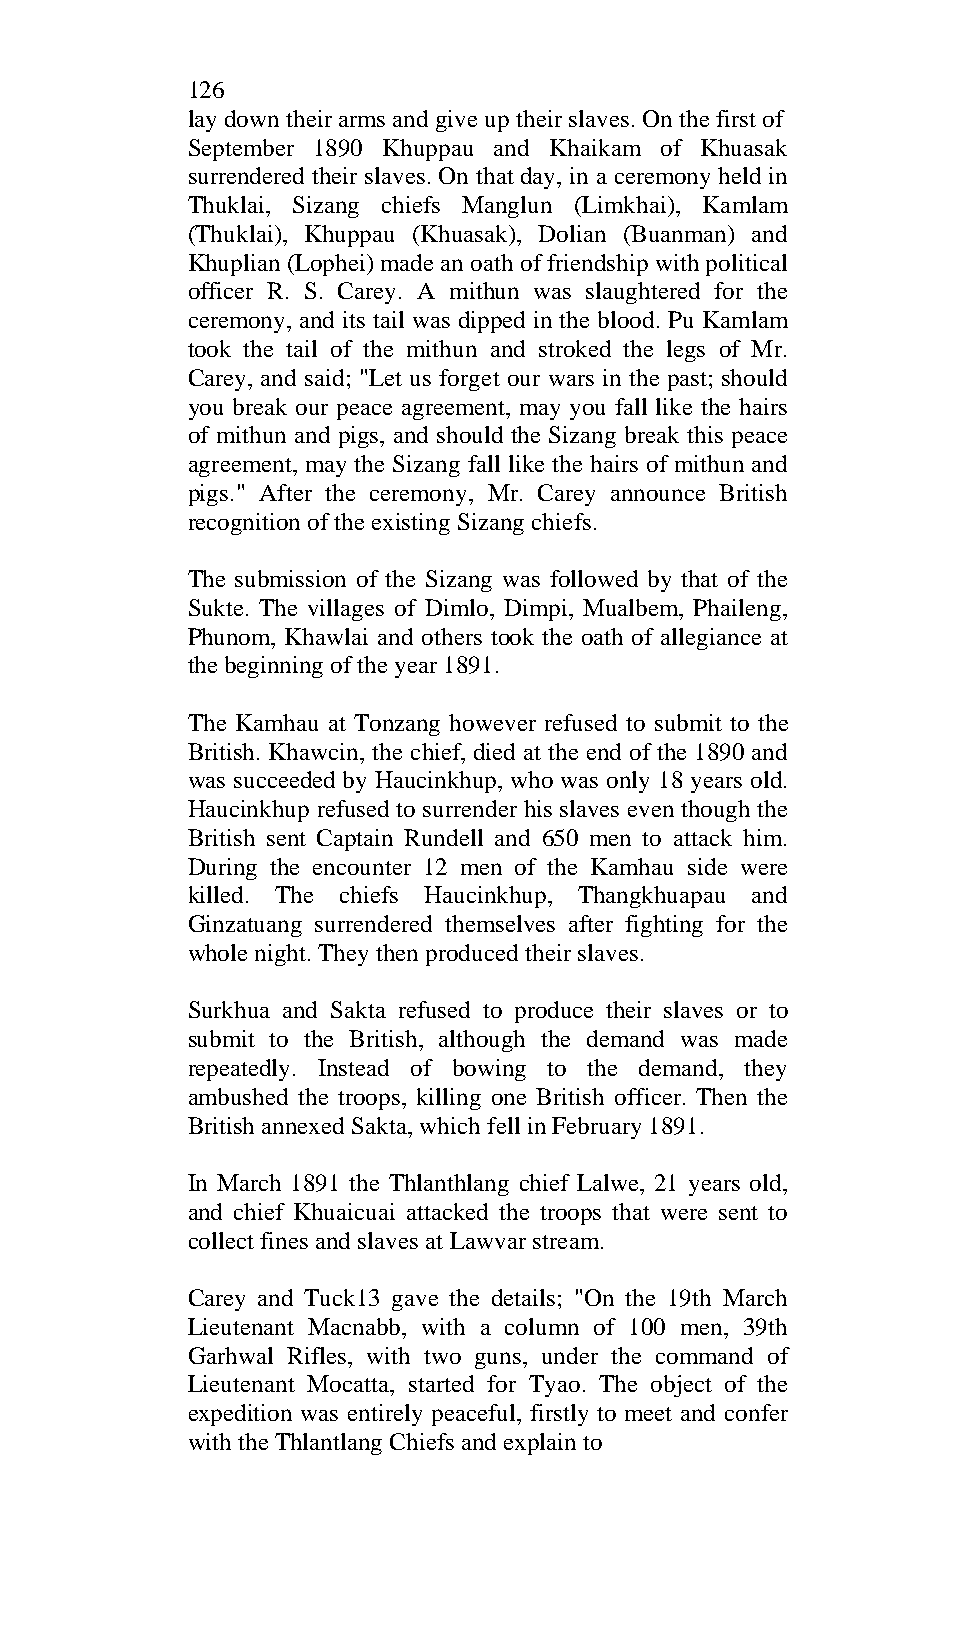
126
 lay down their arms and give up their slaves. On the first of
 September 1890 Khuppau and Khaikam of Khuasak
 surrendered their slaves. On that day, in a ceremony held in
 Thuklai, Sizang chiefs Manglun (Limkhai), Kamlam
 (Thuklai), Khuppau (Khuasak), Dolian (Buanman) and
 Khuplian (Lophei) made an oath of friendship with political
 officer R. S. Carey. A mithun was slaughtered for the
 ceremony, and its tail was dipped in the blood. Pu Kamlam
 took the tail of the mithun and stroked the legs of Mr.
 Carey, and said; "Let us forget our wars in the past; should
 you break our peace agreement, may you fall like the hairs
 of mithun and pigs, and should the Sizang break this peace
 agreement, may the Sizang fall like the hairs of mithun and
 pigs." After the ceremony, Mr. Carey announce British
 recognition of the existing Sizang chiefs.
 The submission of the Sizang was followed by that of the
 Sukte. The villages of Dimlo, Dimpi, Mualbem, Phaileng,
 Phunom, Khawlai and others took the oath of allegiance at
 the beginning of the year 1891.
 The Kamhau at Tonzang however refused to submit to the
 British. Khawcin, the chief, died at the end of the 1890 and
 was succeeded by Haucinkhup, who was only 18 years old.
 Haucinkhup refused to surrender his slaves even though the
 British sent Captain Rundell and 650 men to attack him.
 During the encounter 12 men of the Kamhau side were
 killed. The chiefs Haucinkhup, Thangkhuapau and
 Ginzatuang surrendered themselves after fighting for the
 whole night. They then produced their slaves.
 Surkhua and Sakta refused to produce their slaves or to
 submit to the British, although the demand was made
 repeatedly. Instead of bowing to the demand, they
 ambushed the troops, killing one British officer. Then the
 British annexed Sakta, which fell in February 1891.
 In March 1891 the Thlanthlang chief Lalwe, 21 years old,
 and chief Khuaicuai attacked the troops that were sent to
 collect fines and slaves at Lawvar stream.
 Carey and Tuck13 gave the details; "On the 19th March
 Lieutenant Macnabb, with a column of 100 men, 39th
 Garhwal Rifles, with two guns, under the command of
 Lieutenant Mocatta, started for Tyao. The object of the
 expedition was entirely peaceful, firstly to meet and confer
 with the Thlantlang Chiefs and explain to